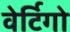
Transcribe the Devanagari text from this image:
वेर्टिगो